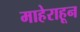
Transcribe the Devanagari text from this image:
माहेराहून